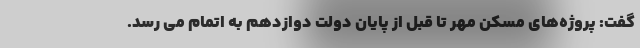
گفت: پروژه‌های مسکن مهر تا قبل از پایان دولت دوازدهم به اتمام می رسد.